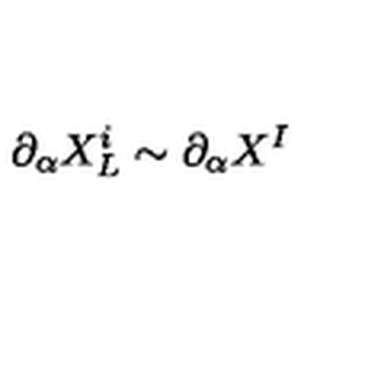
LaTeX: \partial _ { \alpha } X _ { L } ^ { i } \sim \partial _ { \alpha } X ^ { I }